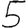
Digit: 5